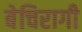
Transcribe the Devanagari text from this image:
बेचिरागी